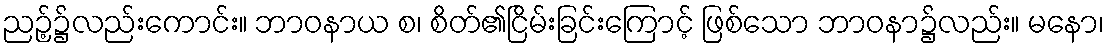
ညဉ့်၌လည်းကောင်း။ ဘာဝနာယ စ၊ စိတ်၏ငြိမ်းခြင်းကြောင့် ဖြစ်သော ဘာဝနာ၌လည်း။ မနော၊